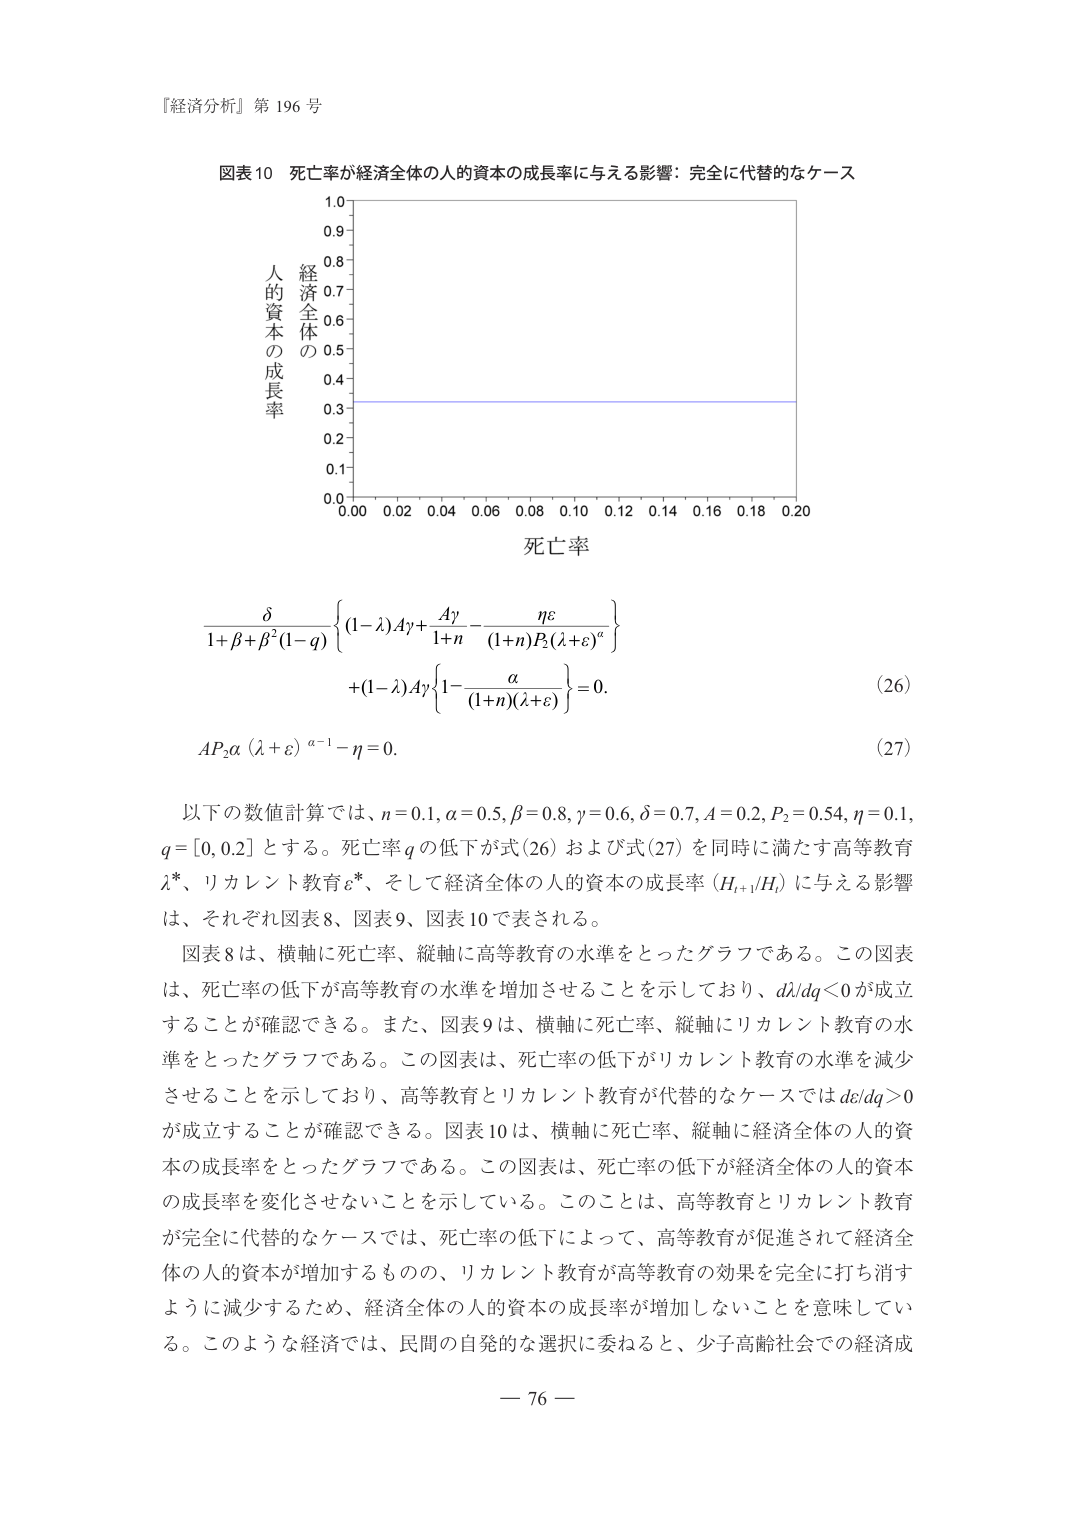
『経済分析』第 196 号

図表10 死亡率が経済全体の人的資本の成長率に与える影響：完全に代替的なケース

人的資本の成長率
0.0 0.1 0.2 0.3 0.4 0.5 0.6 0.7 0.8 0.9 1.0
0.00 0.02 0.04 0.06 0.08 0.10 0.12 0.14 0.16 0.18 0.20
死亡率

δ
1+β+β²(1−q) { (1−λ)Aγ + Aγ/(1+n) − ηε/((1+n)P₂(λ+ε)ϰ) }
+ (1−λ)Aγ{1− α/((1+n)(λ+ε)) } = 0.  (26)

AP₂α (λ+ε)^(α−1) − η = 0.  (27)

以下の数値計算では、n=0.1, α=0.5, β=0.8, γ=0.6, δ=0.7, A=0.2, P₂=0.54, η=0.1, q=[0,0.2] とする。死亡率qの低下が式(26)および式(27)を同時に満たす高等教育λ*、リカレント教育ε*、そして経済全体の人的資本の成長率(H_{t+1}/H_t)に与える影響は、それぞれ図表8、図表9、図表10で表される。

図表8は、横軸に死亡率、縦軸に高等教育の水準をとったグラフである。この図表は、死亡率の低下が高等教育の水準を増加させることを示しており、dλ/dq<0が成立することが確認できる。また、図表9は、横軸に死亡率、縦軸にリカレント教育の水準をとったグラフである。この図表は、死亡率の低下がリカレント教育の水準を減少させることを示しており、高等教育とリカレント教育が代替的なケースではdε/dq>0が成立することが確認できる。図表10は、横軸に死亡率、縦軸に経済全体の人的資本の成長率をとったグラフである。この図表は、死亡率の低下が経済全体の人的資本の成長率を変化させないことを示している。このことは、高等教育とリカレント教育が完全に代替的なケースでは、死亡率の低下によって、高等教育が促進されて経済全体の人的資本が増加するものの、リカレント教育が高等教育の効果を完全に打ち消すように減少するため、経済全体の人的資本の成長率が増加しないことを意味している。このような経済では、民間の自発的な選択に委ねると、少子高齢社会での経済成

— 76 —